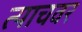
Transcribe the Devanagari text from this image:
त्याचवर